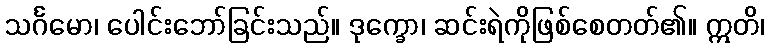
သင်္ဂမော၊ ပေါင်းဘော်ခြင်းသည်။ ဒုက္ခော၊ ဆင်းရဲကိုဖြစ်စေတတ်၏။ ဣတိ၊